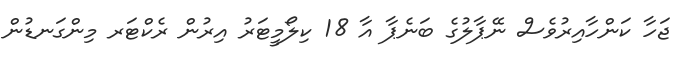
ޖަހާ ކަންހާއިރުވެސް ނޭޕާލުގެ ބަނެޕާ އާ 18 ކިލޯމީޓަރު އިރުން ރެކްޓަރ މިންގަނޑުން